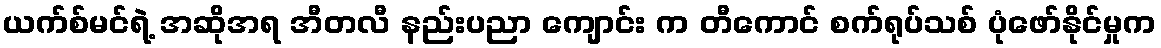
ယက်စ်မင်ရဲ့ အဆိုအရ အီတလီ နည်းပညာ ကျောင်း က တီကောင် စက်ရုပ်သစ် ပုံဖော်နိုင်မှုက